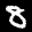
Label: 8